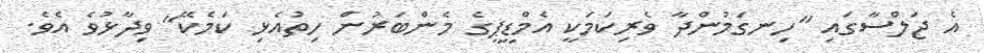
އެ ޖަލްސާގައި "ހިނގަމުންދާ ވެރިކަމަކީ އެމްޑީޕީގެ މެންބަރުން ހިތުއެޅި ކަމެކޭ" ވިދާޅުވެ އެވެ.